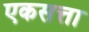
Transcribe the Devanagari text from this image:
एकसत्ता